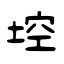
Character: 埪